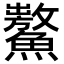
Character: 𩼡